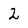
Character: 2